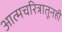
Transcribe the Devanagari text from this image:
आत्मचरित्रातूनही